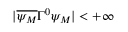
| \overline { { { \psi _ { M } } } } \Gamma ^ { 0 } \psi _ { M } | < + \infty